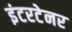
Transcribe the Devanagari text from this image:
इंटरटेनर